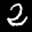
Label: 2